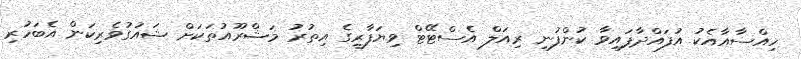
ހިއްސާއާއެކު އުފައްދާފައިވާ ކުންފުނި ރިއަލް އެސްޓޭޓް ވިޔަފާރީގެ އިތުރު މަޝްރޫއުތަކަށް ޝައުގުވެރިކަން އެބަހުރި